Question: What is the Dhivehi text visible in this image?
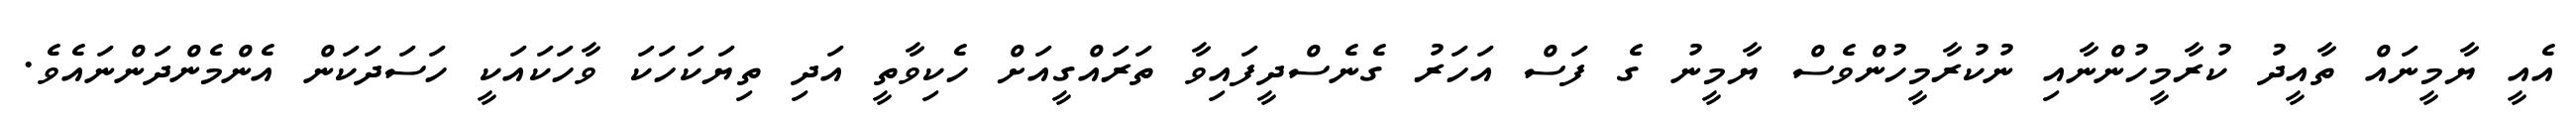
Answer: އެއީ ޔާމީނައް ތާއީދު ކުރާމީހުންނާއި ނުކުރާމީހުންވެސް ޔާމީނު ގެ ފަސް އަހަރު ގެނެސްދީފައިވާ ތަރައްގީއަށް ހެކިވާތީ އަދި ތިޔަކަހަކަ ވާހަކައަކީ ހަސަދަކަން އެންމެންދަންނައެވެ.